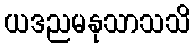
ယဒညမနုသာသသိ